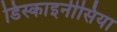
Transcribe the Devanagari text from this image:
डिस्काइनीसिया